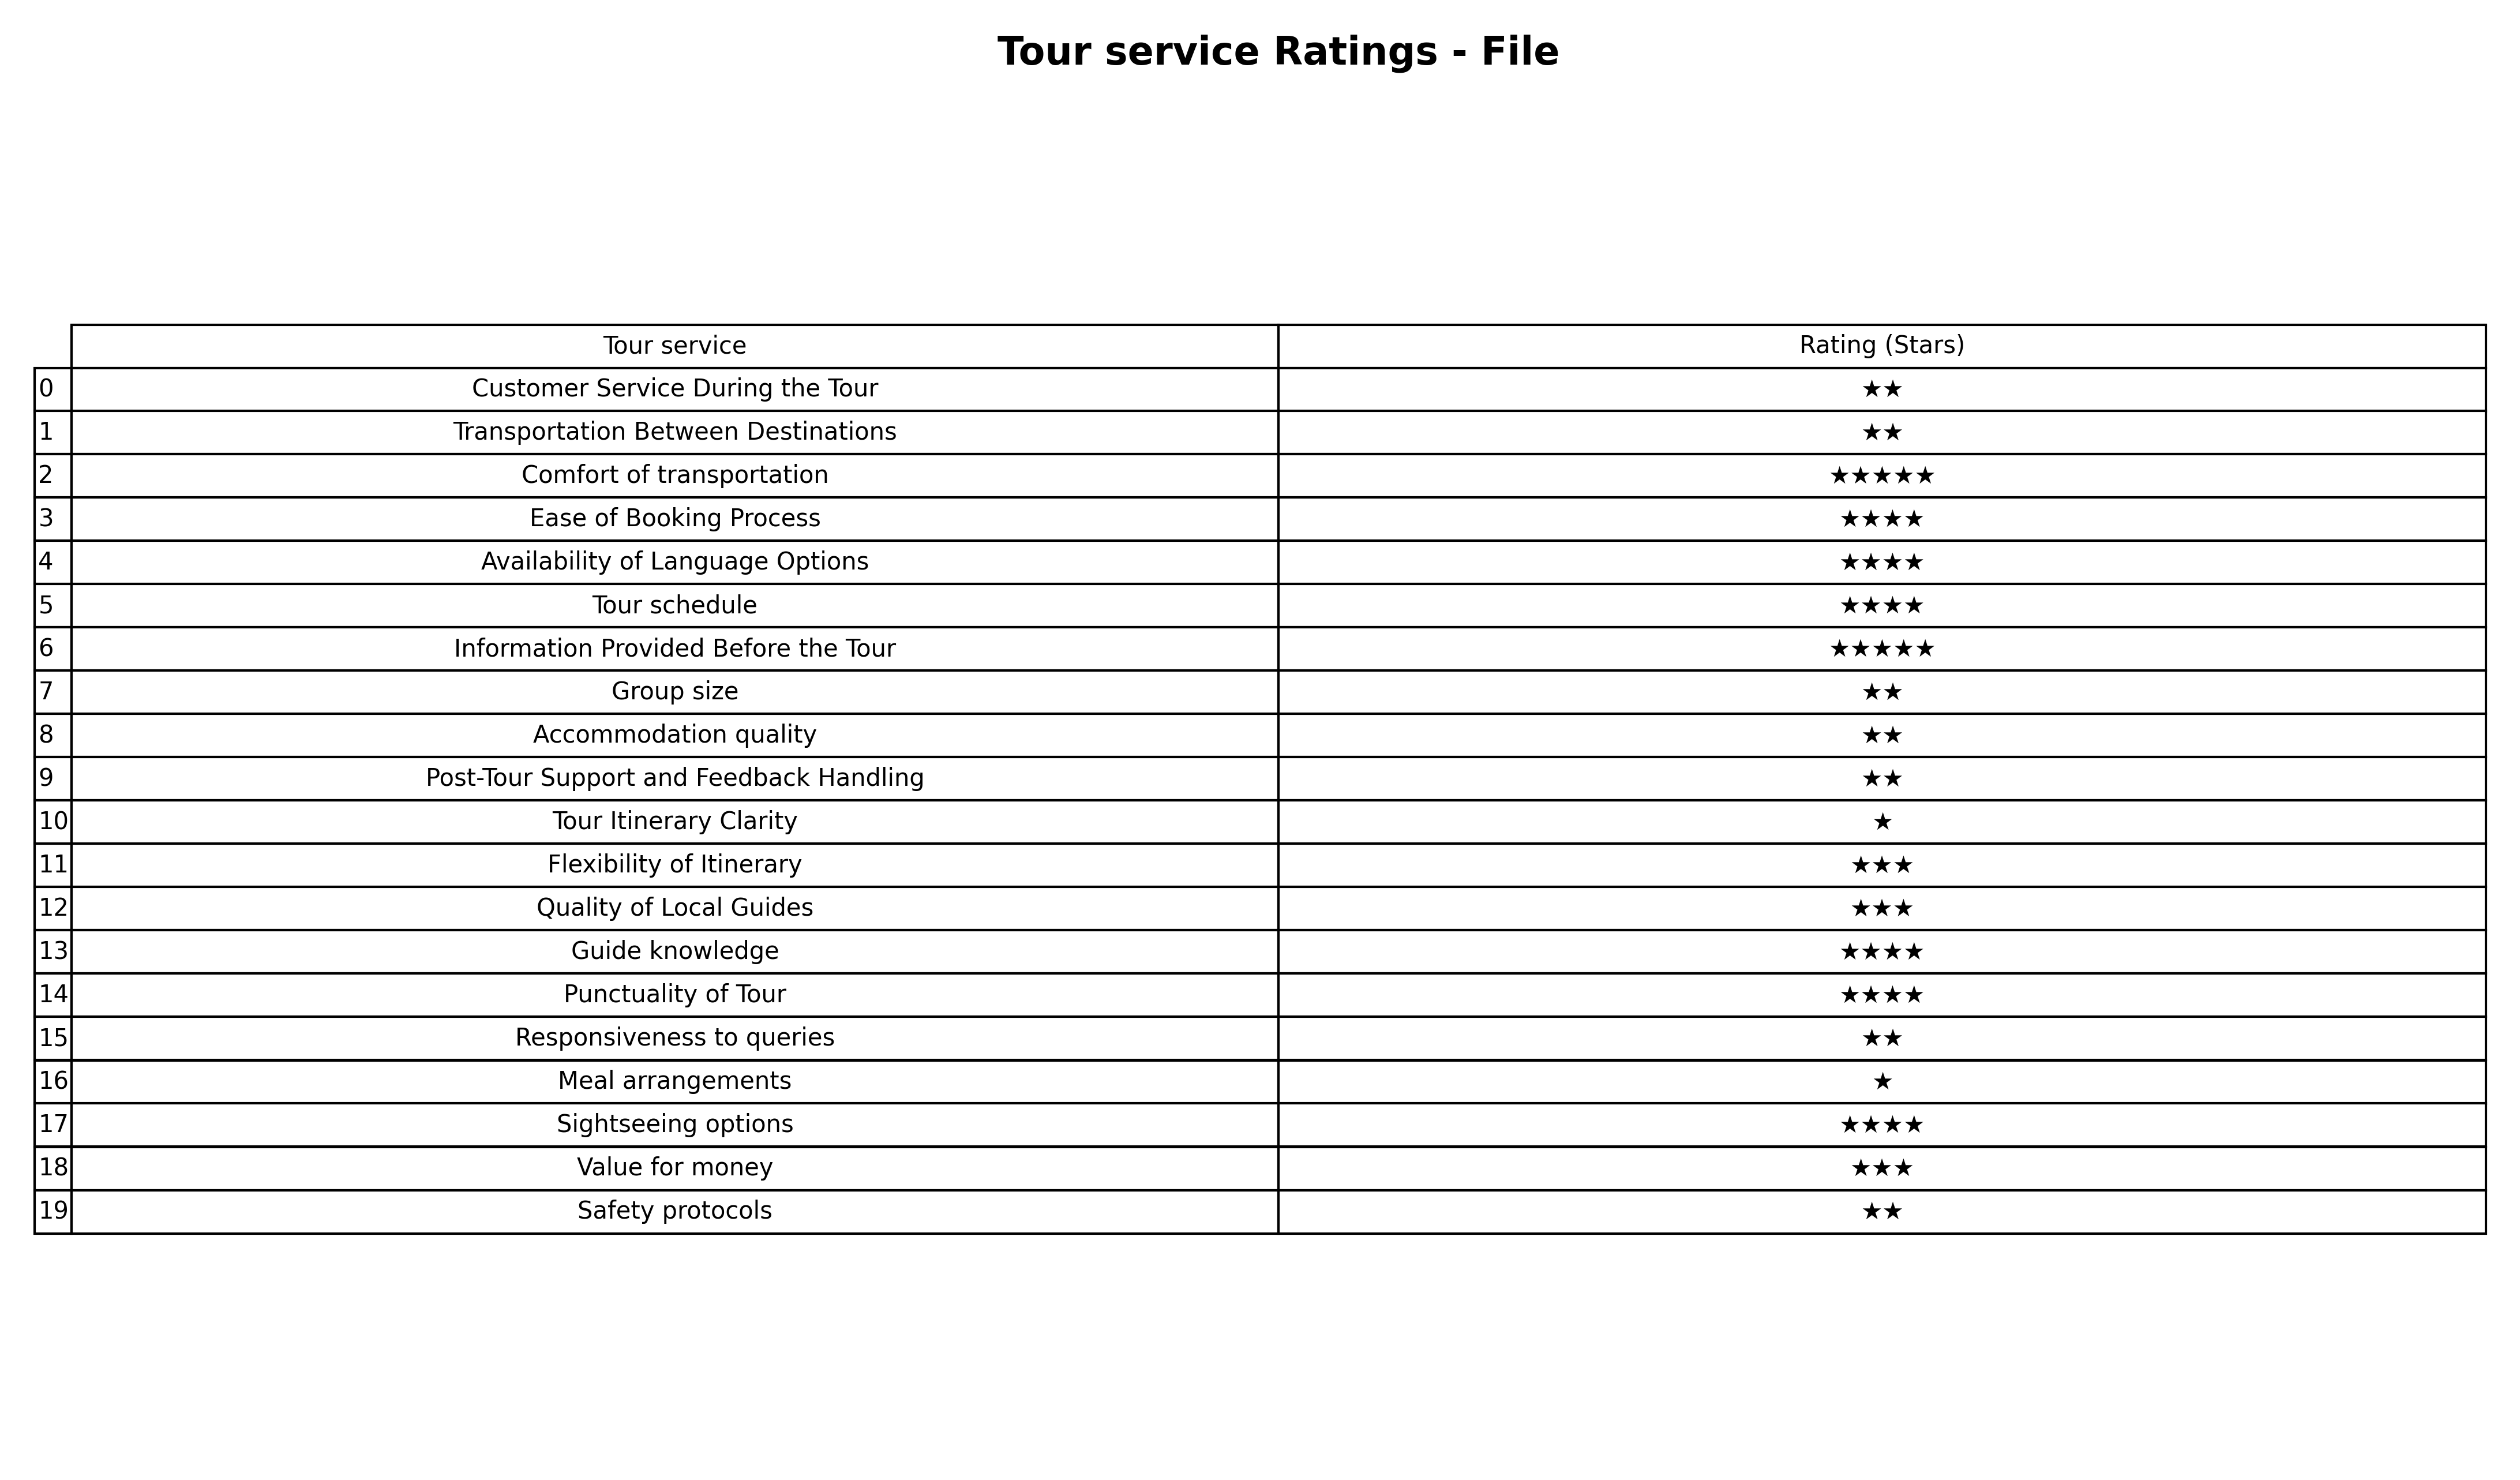
question: What are five star services?
answer: Comfort of transportationInformation Provided Before the Tour